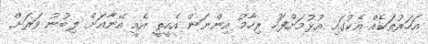
އަހަރުތަކެއް އެކުގައި އުޅުމަށްފަހު ރިހާމު އިންނަން އެހީތީ އެއީ އޭނާއަށް ލިބުނު ވަރަށް